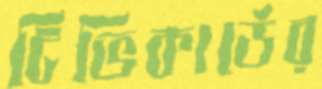
টিভিকার্ডের